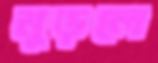
মুড়লে